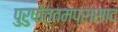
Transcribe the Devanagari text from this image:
पुरुषोत्तमप्रासाद